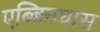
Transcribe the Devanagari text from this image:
एब्बिनघास